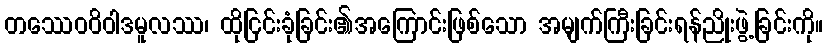
တဿေဝဝိဝါဒမူလဿ၊ ထိုငြင်းခုံခြင်း၏အကြောင်းဖြစ်သော အမျက်ကြီးခြင်းရန်ညိုးဖွဲ့ခြင်းကို။